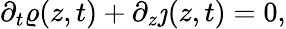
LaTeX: \partial_{t}\varrho(z,t)+\partial_{z}\jmath(z,t)=0,